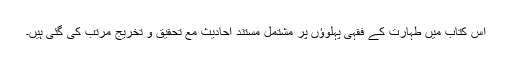
اِس کتاب میں طہارت کے فقہی پہلوؤں پر مشتمل مستند احادیث مع تحقیق و تخریج مرتب کی گئی ہیں۔